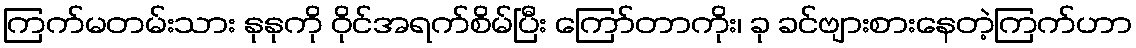
ကြက်မတမ်းသား နုနုကို ဝိုင်အရက်စိမ်ပြီး ကြော်တာကိုး၊ ခု ခင်ဗျားစားနေတဲ့ကြက်ဟာ